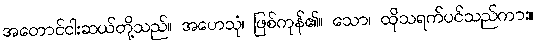
အတောင်ငါးဆယ်တို့သည်။ အဟေသုံ၊ ဖြစ်ကုန်၏။ သော၊ ထိုသရက်ပင်သည်ကား။